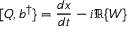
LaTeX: [ Q , b ^ { \dagger } \} = { \frac { d x } { d t } } - i \Re \{ W \}